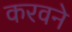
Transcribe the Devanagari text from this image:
करवने